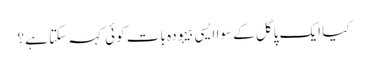
کیا ایک پاگل کے سوا ایسی بیہودہ بات کوئی کہہ سکتا ہے؟